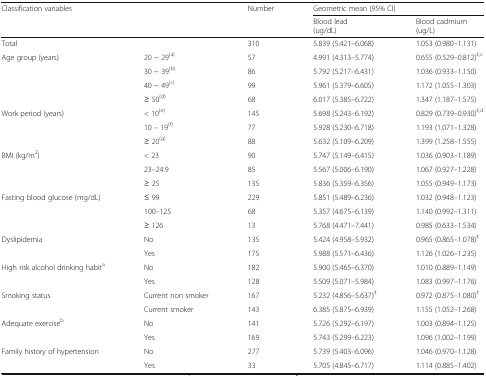
<table><thead><tr><td rowspan="2"><b>Classification variables</b></td><td rowspan="2"></td><td rowspan="2"><b>Number</b></td><td colspan="2"><b>Geometric mean (95% CI)</b></td></tr><tr><td><b>Blood lead(ug/dL)</b></td><td><b>Blood cadmium(ug/L)</b></td></tr></thead><tbody><tr><td>Total</td><td></td><td>310</td><td>5.839 (5.421–6.068)</td><td>1.053 (0.980–1.131)</td></tr><tr><td rowspan="4">Age group (years)</td><td>20 ~ 29<sup>(a)</sup></td><td>57</td><td>4.991 (4.313–5.774)</td><td>0.655 (0.529–0.812)<sup>‡,c</sup></td></tr><tr><td>30 ~ 39<sup>(b)</sup></td><td>86</td><td>5.792 (5.217–6.431)</td><td>1.036 (0.933–1.150)</td></tr><tr><td>40 ~ 49<sup>(c)</sup></td><td>99</td><td>5.961 (5.379–6.605)</td><td>1.172 (1.055–1.303)</td></tr><tr><td>≥ 50<sup>(d)</sup></td><td>68</td><td>6.017 (5.385–6.722)</td><td>1.347 (1.187–1.575)</td></tr><tr><td rowspan="3">Work period (years)</td><td>&lt; 10<sup>(e)</sup></td><td>145</td><td>5.698 (5.243–6.192)</td><td>0.829 (0.739–0.930)<sup>‡,d</sup></td></tr><tr><td>10 – 19<sup>(f)</sup></td><td>77</td><td>5.928 (5.230–6.718)</td><td>1.193 (1.071–1.328)</td></tr><tr><td>≥ 20<sup>(g)</sup></td><td>88</td><td>5.632 (5.109–6.209)</td><td>1.399 (1.258–1.555)</td></tr><tr><td rowspan="3">BMI (kg/m<sup>2</sup>)</td><td>&lt; 23</td><td>90</td><td>5.747 (5.149–6.415)</td><td>1.036 (0.903–1.189)</td></tr><tr><td>23–24.9</td><td>85</td><td>5.567 (5.006–6.190)</td><td>1.067 (0.927–1.228)</td></tr><tr><td>≥ 25</td><td>135</td><td>5.836 (5.359–6.356)</td><td>1.055 (0.949–1.173)</td></tr><tr><td rowspan="3">Fasting blood glucose (mg/dL)</td><td>≤ 99</td><td>229</td><td>5.851 (5.489–6.236)</td><td>1.032 (0.948–1.123)</td></tr><tr><td>100–125</td><td>68</td><td>5.357 (4.675–6.139)</td><td>1.140 (0.992–1.311)</td></tr><tr><td>≥ 126</td><td>13</td><td>5.768 (4.471–7.441)</td><td>0.985 (0.633–1.534)</td></tr><tr><td rowspan="2">Dyslipidemia</td><td>No</td><td>135</td><td>5.424 (4.958–5.932)</td><td>0.965 (0.865–1.078)<sup>‡</sup></td></tr><tr><td>Yes</td><td>175</td><td>5.988 (5.571–6.436)</td><td>1.126 (1.026–1.235)</td></tr><tr><td rowspan="2">High risk alcohol drinking habit<sup>a</sup></td><td>No</td><td>182</td><td>5.900 (5.465–6.370)</td><td>1.010 (0.889–1.149)</td></tr><tr><td>Yes</td><td>128</td><td>5.509 (5.071–5.984)</td><td>1.083 (0.997–1.176)</td></tr><tr><td rowspan="2">Smoking status</td><td>Current non smoker</td><td>167</td><td>5.232 (4.856–5.637)<sup>‡</sup></td><td>0.972 (0.875–1.080)<sup>‡</sup></td></tr><tr><td>Current smoker</td><td>143</td><td>6.385 (5.875–6.939)</td><td>1.155 (1.052–1.268)</td></tr><tr><td rowspan="2">Adequate exercise<sup>b</sup></td><td>No</td><td>141</td><td>5.726 (5.292–6.197)</td><td>1.003 (0.894–1.125)</td></tr><tr><td>Yes</td><td>169</td><td>5.743 (5.299–6.223)</td><td>1.096 (1.002–1.199)</td></tr><tr><td rowspan="2">Family history of hypertension</td><td>No</td><td>277</td><td>5.739 (5.403–6.096)</td><td>1.046 (0.970–1.128)</td></tr><tr><td>Yes</td><td>33</td><td>5.705 (4.845–6.717)</td><td>1.114 (0.885–1.402)</td></tr></tbody></table>